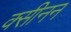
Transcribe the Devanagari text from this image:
क्सीनन